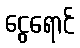
ငွေရောင်